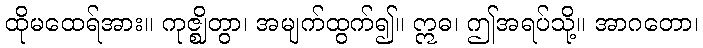
ထိုမထေရ်အား။ ကုဇ္ဈိတွာ၊ အမျက်ထွက်၍။ ဣဓ၊ ဤအရပ်သို့။ အာဂတော၊